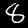
Digit: 8